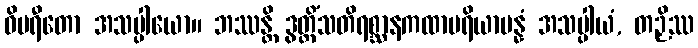
ဝိပရီတော အသပ္ပါယော။ ဘဿန္တိ ဒွတ္တိံသတိရစ္ဆာနကထာပရိယာပန္နံ အသပ္ပါယံ, တဉှိဿ